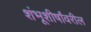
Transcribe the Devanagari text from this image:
शंभूशीर्षांवरील